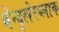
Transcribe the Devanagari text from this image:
बेन्द्लेरब्लाक